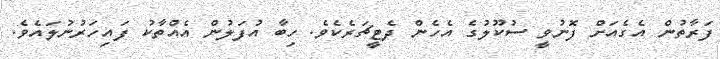
ފަރާތުން އެގެއަށް ފޮނުވީ ސުކޫލުގެ އެހެން ދެޓީޗަރެކެވެ. ހިބާ އުފަލުން އެއްތާކު ފައިހަރުނުލައެވެ.